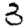
Digit: 3